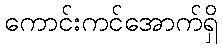
ကောင်းကင်အောက်ရှိ